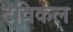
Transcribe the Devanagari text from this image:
ट्विकल